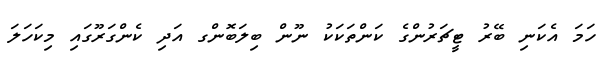
ހަމަ އެކަނި ބޭރު ޓީޗަރުންގެ ކަންތަކަކު ނޫން ބިލަބޮންގ އަދި ކެންގަރޫގައި މިކަހަލަ